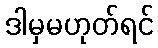
ဒါမှမဟုတ်ရင်